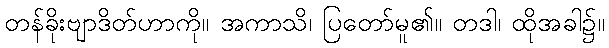
တန်ခိုးဗျာဒိတ်ဟာကို။ အကာသိ၊ ပြတော်မူ၏။ တဒါ၊ ထိုအခါ၌။